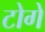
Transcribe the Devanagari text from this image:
टोगे